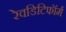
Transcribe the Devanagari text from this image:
रेवडिटिफॉर्म